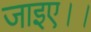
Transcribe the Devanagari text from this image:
जाइए।।